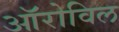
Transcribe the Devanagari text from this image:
ऑरोविल